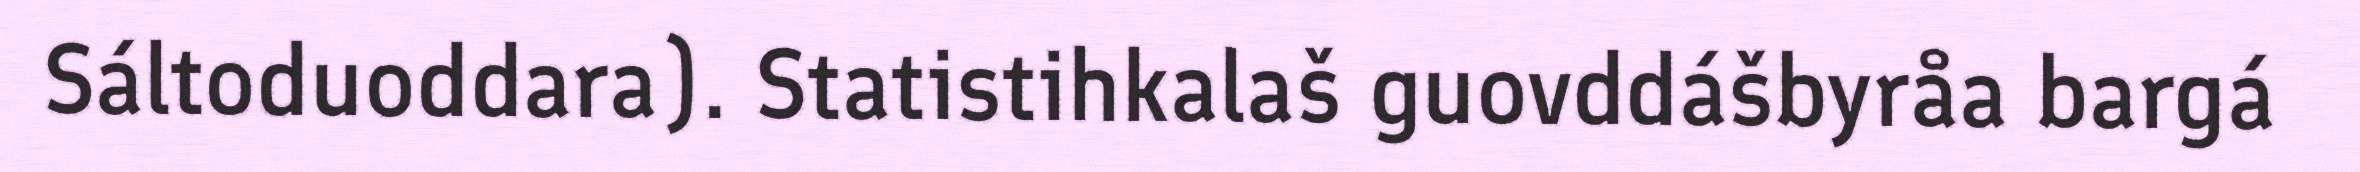
Sáltoduoddara). Statistihkalaš guovddášbyråa bargá